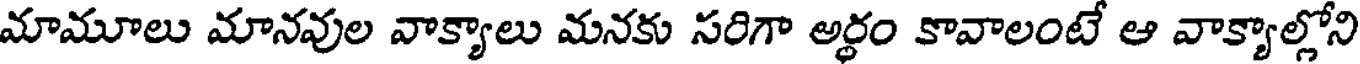
మామూలు మానవుల వాక్యాలు మనకు సరిగా అర్థం కావాలంటే ఆ వాక్యాల్లోని